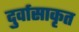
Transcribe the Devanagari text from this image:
दुर्वासाकृत